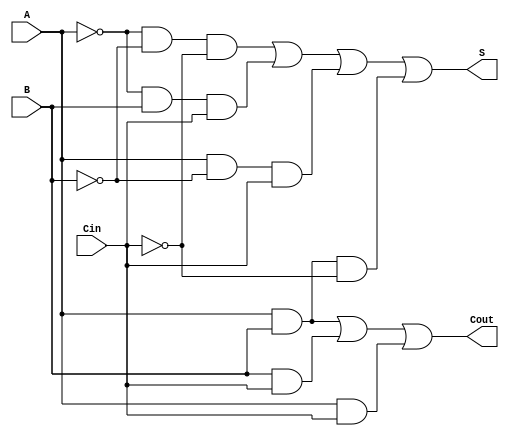
module Negative_Circuit_Full_Adder (
    input wire A,    // First input bit (negative logic)
    input wire B,    // Second input bit (negative logic)
    input wire Cin,  // Carry-in bit (negative logic)
    output wire S,   // Sum output bit (negative logic)
    output wire Cout  // Carry-out output bit (negative logic)
);

    // Intermediate signals for inverted inputs
    wire A_inv = ~A;    // NOT A
    wire B_inv = ~B;    // NOT B
    wire Cin_inv = ~Cin; // NOT Cin

    // Sum output logic
    assign S = (A_inv & B_inv & Cin_inv) | (A_inv & B & Cin) | (A & B_inv & Cin) | (A & B & Cin_inv);

    // Carry-out output logic
    assign Cout = (A & B) | (B & Cin) | (A & Cin);

endmodule